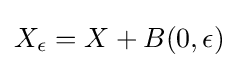
{\textstyle X_{\epsilon }=X+B(0,\epsilon )}